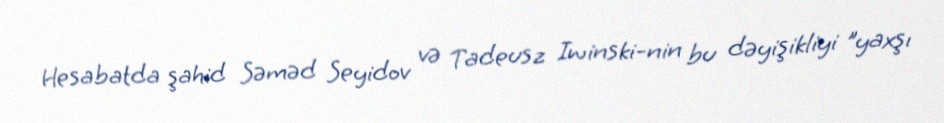
Hesabatda şahid Səməd Seyidov və Tadeusz Iwinski-nin bu dəyişikliyi "yaxşı